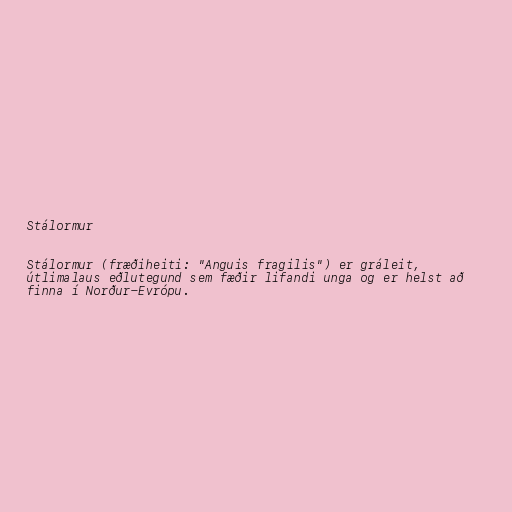
Stálormur

Stálormur (fræðiheiti: "Anguis fragilis") er gráleit,
útlimalaus eðlutegund sem fæðir lifandi unga og er helst að
finna í Norður-Evrópu.